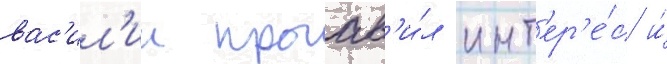
вас'ил'ии проав'и́л инт'ер'е́с и́